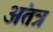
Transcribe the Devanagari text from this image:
अंतत्र